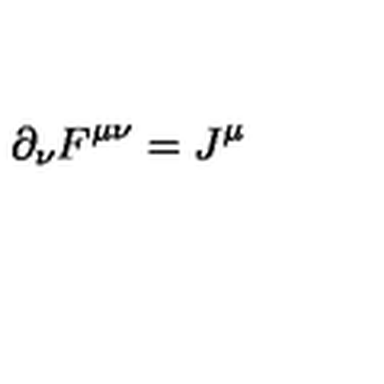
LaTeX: \partial _ { \nu } F ^ { \mu \nu } = J ^ { \mu }